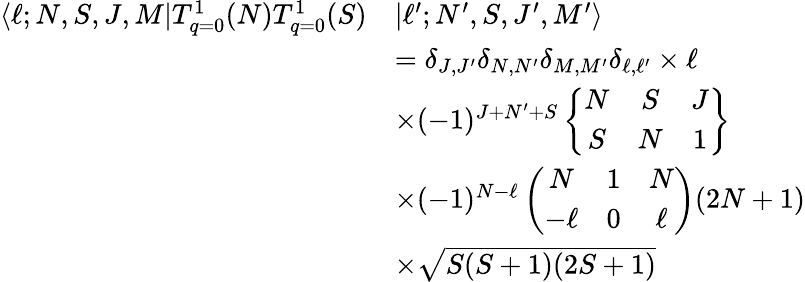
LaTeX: \begin{array}{rl}{\langle\ell;N,S,J,M|T_{q=0}^{1}(N)T_{q=0}^{1}(S)}&{|\ell^{\prime};N^{\prime},S,J^{\prime},M^{\prime}\rangle}\\ &{=\delta_{J,J^{\prime}}\delta_{N,N^{\prime}}\delta_{M,M^{\prime}}\delta_{\ell,\ell^{\prime}}\times\ell}\\ &{\times(-1)^{J+N^{\prime}+S}\left\{ \begin{array}{ccc}{N}&{S}&{J}\\ {S}&{N}&{1}\end{array}\right\} }\\ &{\times(-1)^{N-\ell}\left(\begin{array}{ccc}{N}&{1}&{N}\\ {-\ell}&{0}&{\ell}\end{array}\right)(2N+1)}\\ &{\times\sqrt{S(S+1)(2S+1)}}\end{array}